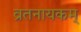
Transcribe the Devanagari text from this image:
व्रतनायकम्